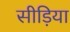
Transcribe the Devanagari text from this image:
सीड़िया